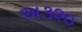
અ૩૨૦